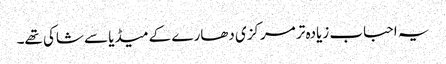
یہ احباب زیادہ تر مرکزی دھارے کے میڈیا سے شاکی تھے۔